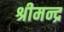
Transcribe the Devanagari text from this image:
श्रीमन्द्र